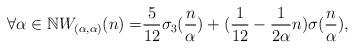
LaTeX: \begin{align*} \forall \alpha\in\mathbb{N} W_{(\alpha,\alpha)}(n) = & \frac{5}{12}\sigma_{3}(\frac{n}{\alpha}) + (\frac{1}{12}-\frac{1}{2\alpha}n)\sigma(\frac{n}{\alpha}), \end{align*}